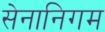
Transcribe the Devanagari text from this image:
सेनानिगम